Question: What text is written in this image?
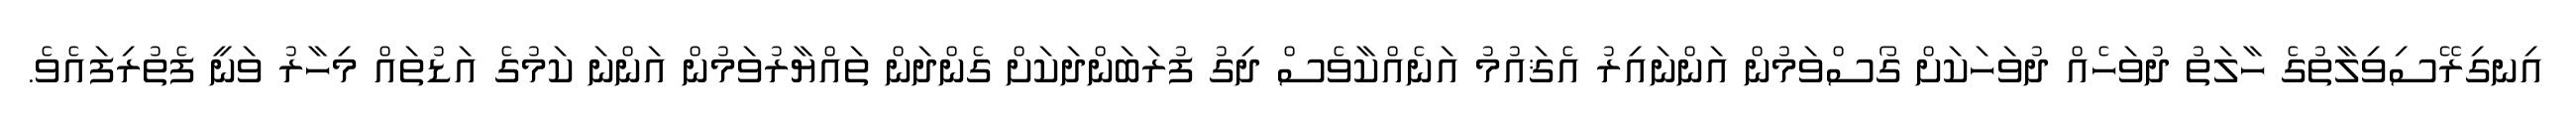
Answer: އިނގިރޭސިވިލާތުގެ ހާލަތު ދުވަހެއް ދުވަހަކަށް ގޯސްވަމުން އަންނައިރު އެޤައުމު އަނެއްކާވެސް ދިގު ފުރަބަންދަކަށް ގެންދަން ތައްޔާރުވަމުން އަންނަ ކަމުގެ އަޑުތައް މިހާރު ވަނީ ފެތުރިފައެވެ.